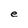
Character: e